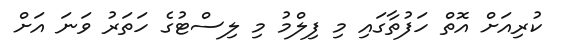
ކުރިއަށް އޮތް ހަފުތާގައި މި ފިލްމު މި ލިސްޓުގެ ހަތަރު ވަނަ އަށް